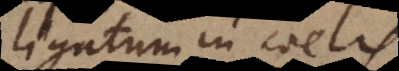
ligatum in coelis